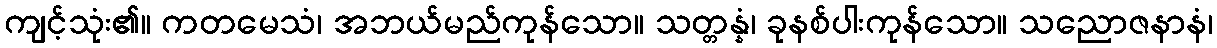
ကျင့်သုံး၏။ ကတမေသံ၊ အဘယ်မည်ကုန်သော။ သတ္တန္နံ၊ ခုနစ်ပါးကုန်သော။ သညောဇနာနံ၊